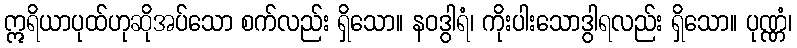
ဣရိယာပုထ်ဟုဆိုအပ်သော စက်လည်း ရှိသော။ နဝဒွါရံ၊ ကိုးပါးသောဒွါရလည်း ရှိသော။ ပုဏ္ဏံ၊